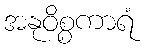
အနုဝိစ္စကာရံ